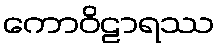
ကောဝိဠာရဿ